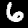
Label: 6